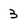
Character: 3